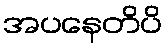
အပနေတိပိ